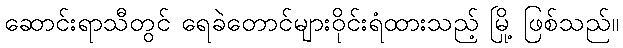
ဆောင်းရာသီတွင် ရေခဲတောင်များဝိုင်းရံထားသည့် မြို့ ဖြစ်သည်။